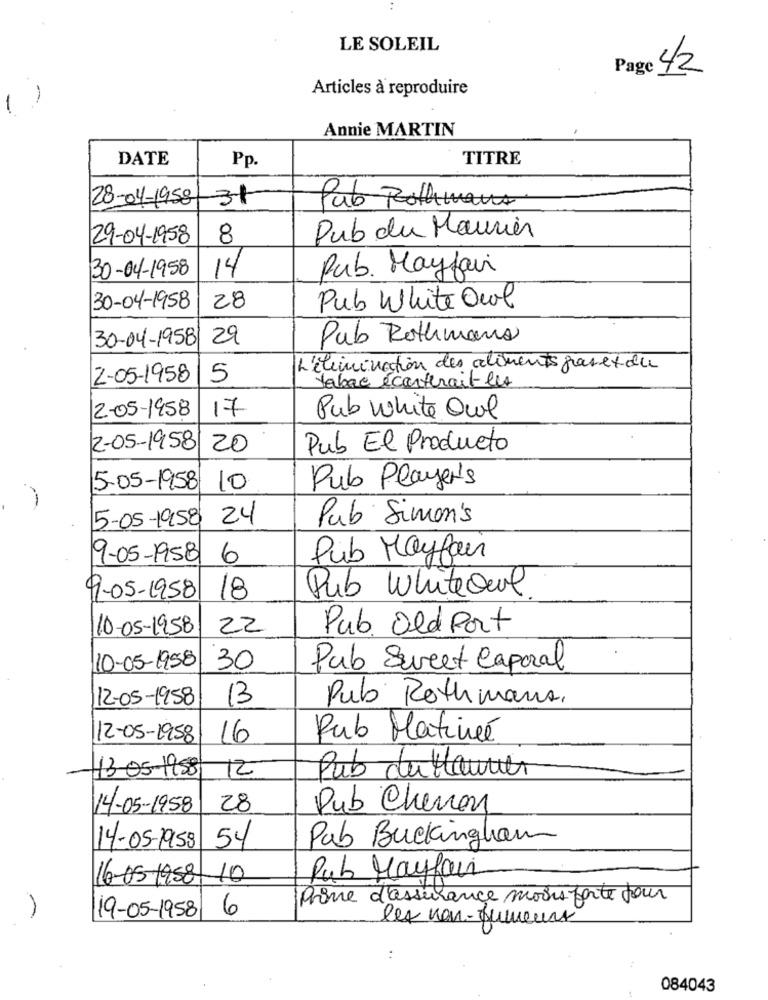
LE SOLEIL
Page 4/2
Articles à reproduire
-
Annie MARTIN
DATE
Pp.
TITRE
28-04-1958
31
Pub Rothmans
29-04-1958
8
Pub du Maurier
30-04-1958
14
Pub. Mayfair
30-04-1958
28
Pub White Owl
30-04-1958
29
Pub Rothmans
L'élimination des aliments prasex du
2-05-1958
5
tabac écarterait les
2-05-1958
17
Pub white Owl
2-05-1958
20
Pub El Producto
5-05-1958
10
Pub Player's
5-05-1958
24
Pub Simon's
9-05-1958
6
Pub Mayfair
Pub WhiteQue
9-05-1958
18
10-05-1958
22
Pub. Old Port
10-05-1958
30
Pub Sweet Caporal
12-05-1958
13
Pub Rothmans,
12-05-1958
16
Rub Matinée
13-05-1958
Pub du Hauner
12
14-05-1958
28
Pub Chenon
54
Pab Buckingham
14-05-1958
16-05-1958
10
Pub Mayfair
Prime d'assurance moins forte pour
6
19-05-1958
les non-fumeurs
084043